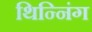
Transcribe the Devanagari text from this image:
थिन्निंग